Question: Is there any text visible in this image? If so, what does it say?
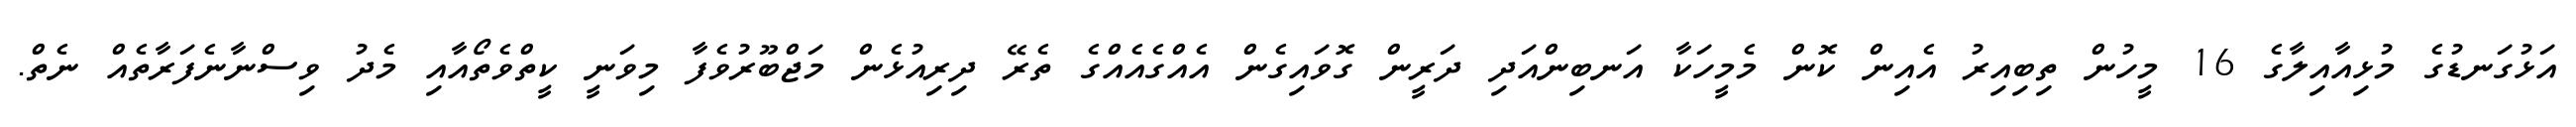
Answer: އަޅުގަނޑުގެ މުޅިއާއިލާގެ 16 މީހުން ތިބިއިރު އެއިން ކޮން މެމީހަކާ އަނބިންއަދި ދަރީން ގޮވައިގެން އެއްގެއެއްގެ ތެރޭ ދިރިއުޅެން މަޖްބޫރުވެފާ މިވަނީ ކީތްވެތޯއާއި މެދު ވިސްނާނެފަރާތެއް ނެތް.